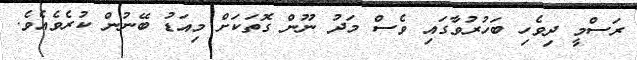
ރަސްމީ ދިވެހި ބަހުރުވާގައި ވެސް މަދު ނޫން ގޮތަކަށް މިއަޑު ބޭނުން ކުރެވެއެވެ.